King Institute of Preventive Medicine Bacteriolog. Section reports 1907-08
Year: 1907
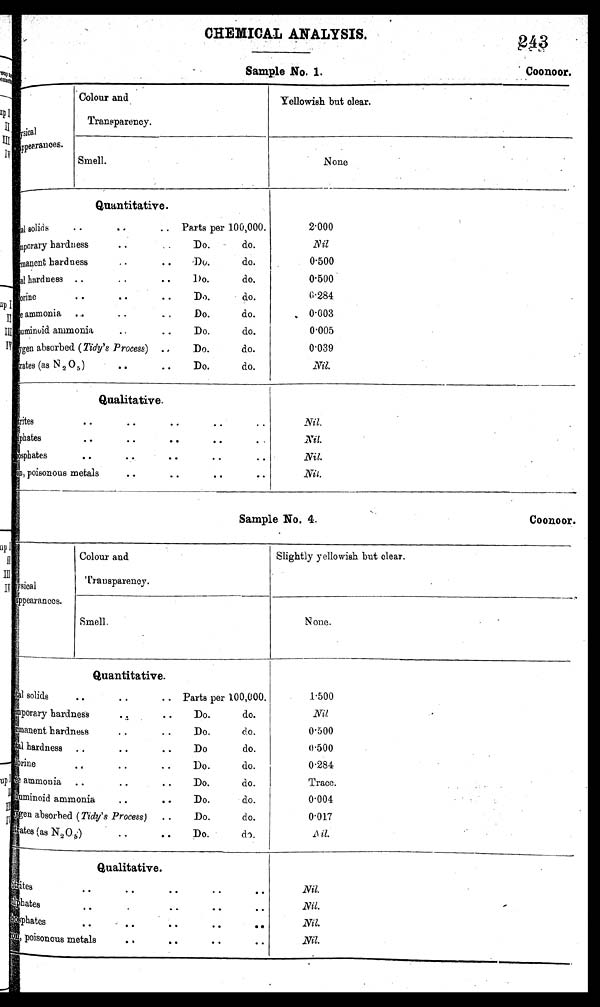
CHEMICAL ANALYSIS.
Sample No. 1.
Coonoor:
Sample No. 4.
Coonoor.
pysical Appearances.
Colour and
Transparency.
Yellowish but clear.
'
Smell.
.
None
Quantitative.
Total solids • • .. .. Parts per 100,000.
Temporary hardness
• •
Do.
do.
Permanent hardness
..
..
Do.
do.
Total hardness .. .. Do. Do. do.
Chlonine .. .. • • Do. do.
ammonia .3
..
..
Do.
do.
Albuminoid ammonia
• .
• •
Do.
do.
Oxygen absorbed (Tidy's .Process) Do do. do.
Nitrates (as N 2 05) • • • • Do. do.
2.000
Nil
.
0.500
0.500
0.284
0.003
0.005
0.039
Nil.
Qualitative.
Ni t r i t e s . . • • • • • • • •
Sulphates .. .. • . • • ..
phosphates • • .. • • • •
Iron
, poisonous metals
• •
• •
• •
• •
Nil.
.
Nil.
Nil.
Nit.
pysical
Appearances.
Colour l
C o
an and
Transparency.
Slightly y ellowish but clear.
Smell.
_
N one.
.
Quantitative.
T o t a l
Total solids • • • • .. Parts per 100,000.
Temporary hardness
• •
Do.
do.
Permanent hardness
• •
• •
Do.
do.
Total hardness .. • • • • Do do.
chlorine .. ..
Do. do.
ammonia ..
..
Do.
do.
Albuminoid ammonia
• •
..
Do.
do.
absorbed (Tidy's Process) ..
Do.
do.
Salphates (as N2,O5) • • • • Do. do.
F500
Nil
0.500
0 . 5 0 0
0.284
Trace.
.
0.004
0.017
N
i l .
Qualitative.
s
ites
..
. .
• •
• •
• •
Salphates
' •
.
• •
.
. .
Phosphates
..
- • •
..
• •
Poisonous metals
. •
• •
•
• •
Nil.
Nil.
-
Nil.
Nil.